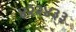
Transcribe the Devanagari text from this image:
४२२४३३